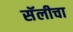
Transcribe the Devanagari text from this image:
सॅलीचा